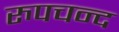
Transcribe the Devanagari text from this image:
रुपचन्द